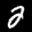
Label: 2